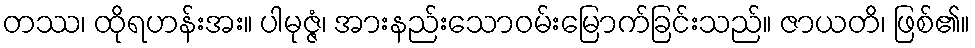
တဿ၊ ထိုရဟန်းအး။ ပါမုဇ္ဇံ၊ အားနည်းသောဝမ်းမြောက်ခြင်းသည်။ ဇာယတိ၊ ဖြစ်၏။